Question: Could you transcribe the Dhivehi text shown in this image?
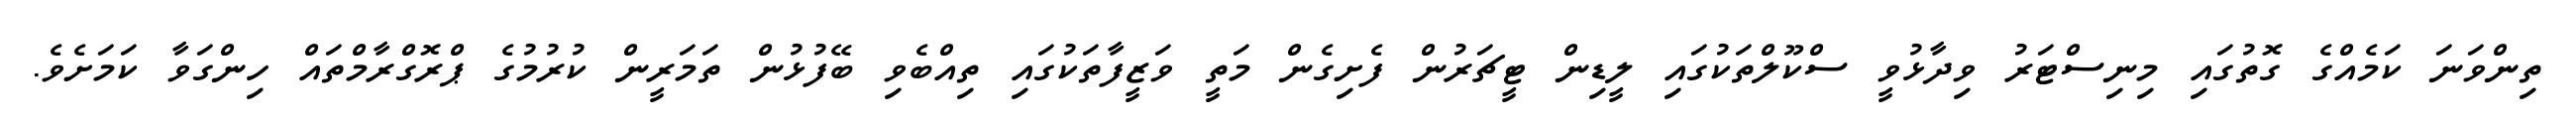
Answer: ތިންވަނަ ކަމެއްގެ ގޮތުގައި މިނިސްޓަރު ވިދާޅުވީ ސްކޫލްތަކުގައި ލީޑިން ޓީޗަރުން ފެށިގެން މަތީ ވަޒީފާތަކުގައި ތިއްބެވި ބޭފުޅުން ތަމަރީން ކުރުމުގެ ޕްރޮގްރާމްތައް ހިންގަވާ ކަމަށެވެ.